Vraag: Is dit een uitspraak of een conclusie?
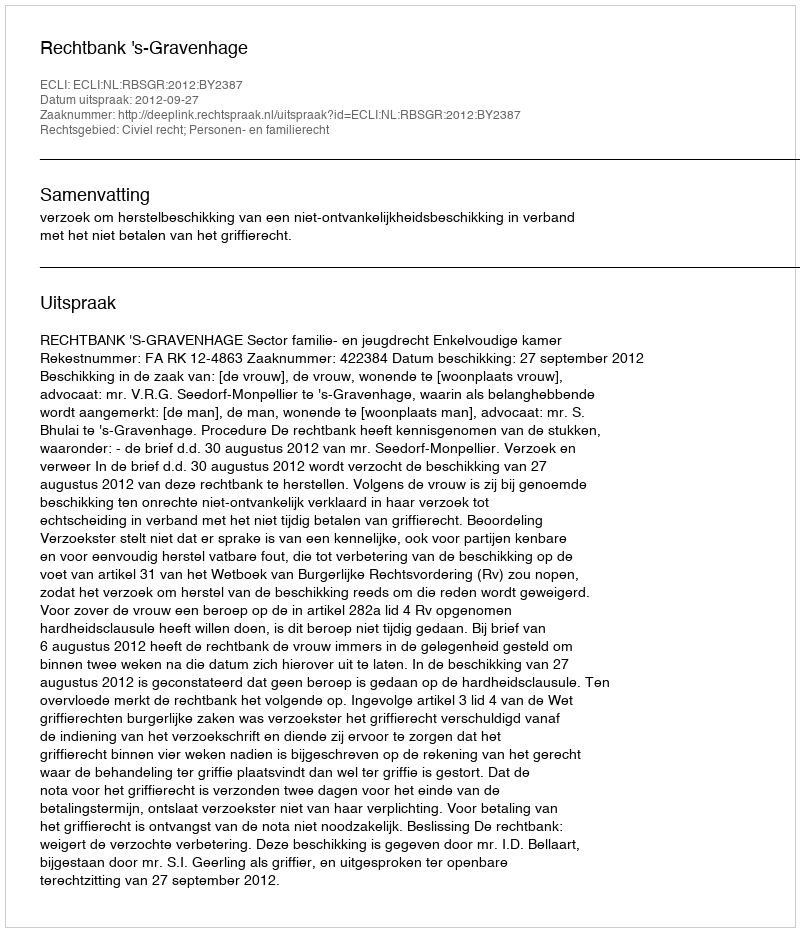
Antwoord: Uitspraak